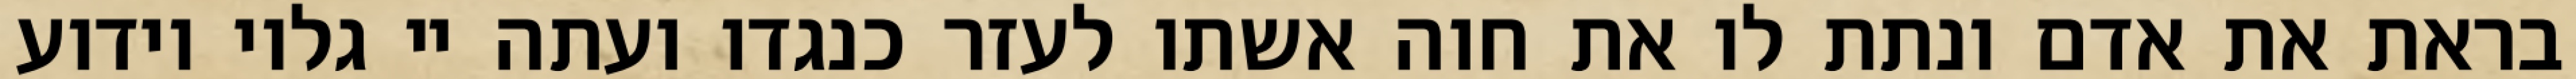
בראת את אדם ונתת לו את חוה אשתו לעזר כנגדו ועתה יי גלוי וידוע